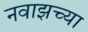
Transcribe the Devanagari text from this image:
नवाझच्या